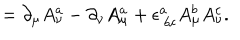
LaTeX: = \partial _ { \mu } A _ { \nu } ^ { a } - \partial _ { \nu } A _ { \mu } ^ { a } + \epsilon _ { \ b c } ^ { a } A _ { \mu } ^ { b } A _ { \nu } ^ { c } .